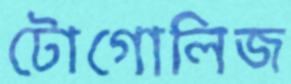
টোগোলিজ